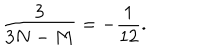
\frac { 3 } { 3 N - M } = - \frac { 1 } { 1 2 } .